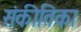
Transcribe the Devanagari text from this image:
संकीतिका